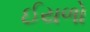
ઈયળો